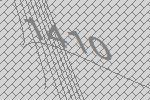
1410